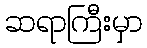
ဆရာကြီးမှာ